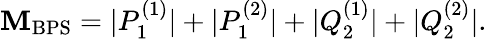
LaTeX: \mathbf{M}_{\mathrm{{BPS}}}=|P_{1}^{(1)}|+|P_{1}^{(2)}|+|Q_{2}^{(1)}|+|Q_{2}^{(2)}|.